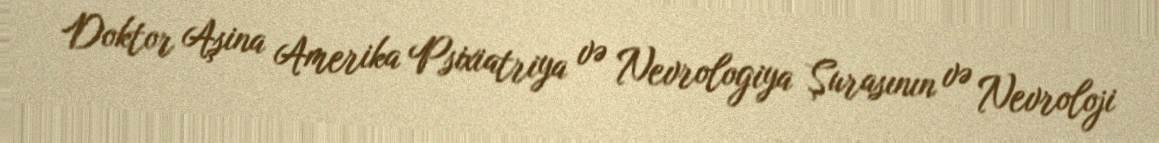
Doktor Aşina Amerika Psixiatriya və Nevrologiya Şurasının və Nevroloji